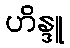
ဟိန္ဒူ